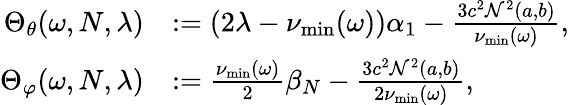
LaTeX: \begin{array}{rl}{\Theta_{\theta}(\omega,N,\lambda)}&{:=\left(2\lambda-\nu_{\operatorname*{min}}(\omega)\right)\alpha_{1}-\frac{3c^{2}\mathcal{N}^{2}(a,b)}{\nu_{\operatorname*{min}}(\omega)},}\\ {\Theta_{\varphi}(\omega,N,\lambda)}&{:=\frac{\nu_{\operatorname*{min}}(\omega)}{2}\beta_{N}-\frac{3c^{2}\mathcal{N}^{2}(a,b)}{2\nu_{\operatorname*{min}}(\omega)},}\end{array}